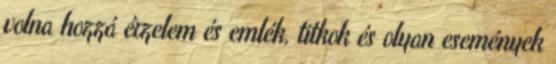
volna hozzá érzelem és emlék, titkok és olyan események